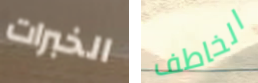
الخبرات الخاطف